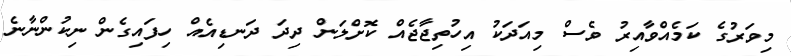
މިވަރުގެ ކަމެއްވާއިރު ވެސް މިއަދަކު އިހުތިޖާޖެއް ކޮށްލަން ދިދަ ދަނޑިއެއް ހިފައިގެން ނިކުންނާނެ